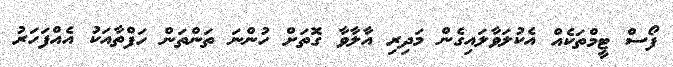
ފޯސް ޓީމްތަކެއް އެކުލަވާލައިގެން މަދިރި އާލާވާ ގޮތަށް ހުންނަ ތަންތަން ހަފްތާއަކު އެއްފަހަރު